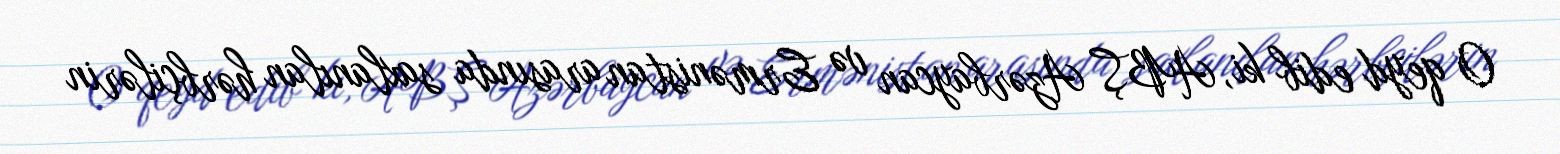
O qeyd edib ki, ABŞ Azərbaycan və Ermənistan arasında saxlanılan hərbçilərin